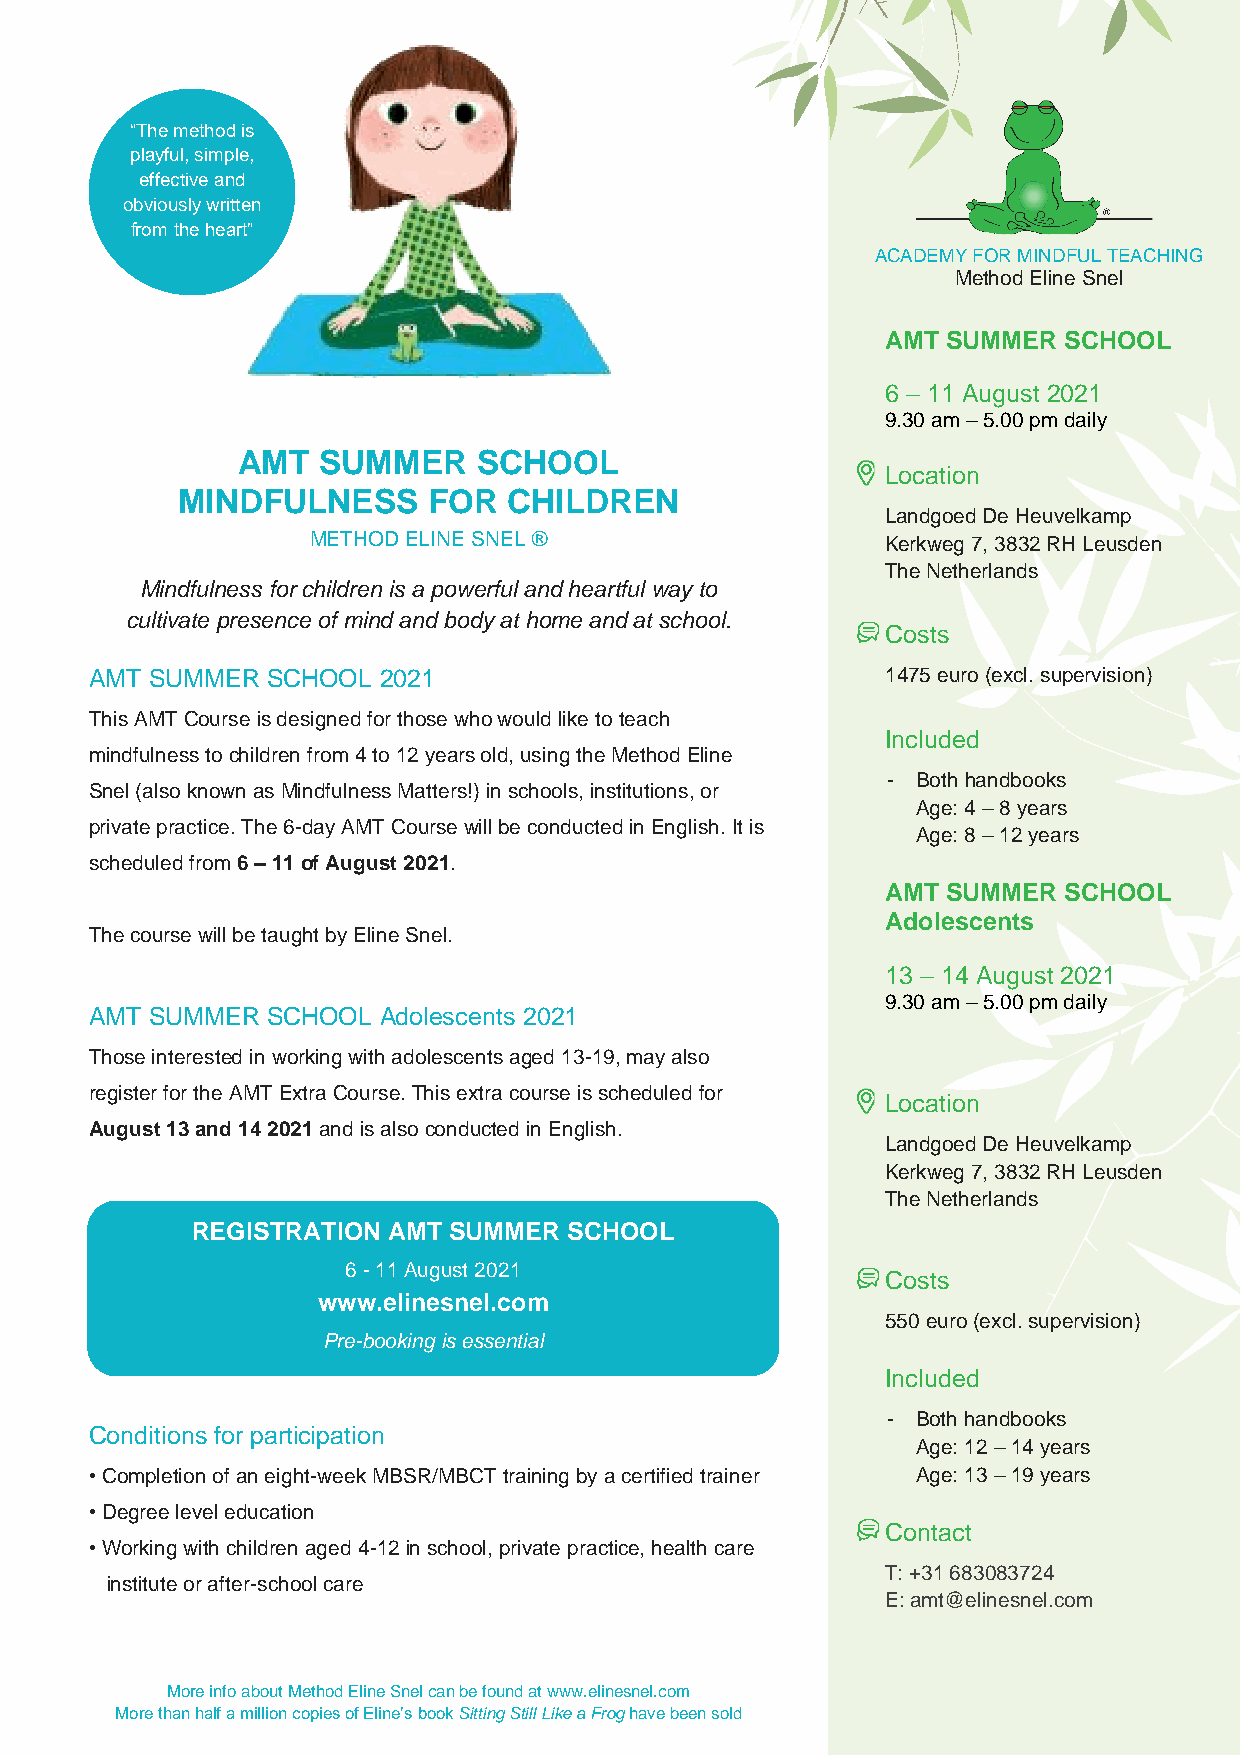
“The method is
 playful, simple,
 effective and
 obviously written
 from the heart”
 ACADEMY FOR MINDFUL TEACHING
 Method Eline Snel
 AMT SUMMER SCHOOL
 6 – 11 August 2021
 9.30 am – 5.00 pm daily
 AMT  SUMMER     SCHOOL
 Location
 MINDFULNESS     FOR   CHILDREN
 Landgoed De Heuvelkamp
 METHOD ELINE SNEL ®                    Kerkweg 7, 3832 RH Leusden
 The Netherlands
 Mindfulness for children is a powerful and heartful way to
 cultivate presence of mind and body at home and at school.
 Costs
 AMT SUMMER  SCHOOL 2021                              1475 euro (excl. supervision)
 This AMT Course is designed for those who would like to teach
 Included
 mindfulness to children from 4 to 12 years old, using the Method Eline
 - Both handbooks
 Snel (also known as Mindfulness Matters!) in schools, institutions, or
 Age: 4 – 8 years
 private practice. The 6-day AMT Course will be conducted in English. It is
 Age: 8 – 12 years
 scheduled from 6 – 11 of August 2021.
 AMT SUMMER SCHOOL
 Adolescents
 The course will be taught by Eline Snel.
 13 – 14 August 2021
 9.30 am – 5.00 pm daily
 AMT SUMMER  SCHOOL Adolescents 2021
 Those interested in working with adolescents aged 13-19, may also
 register for the AMT Extra Course. This extra course is scheduled for
 Location
 August 13 and 14 2021 and is also conducted in English.
 Landgoed De Heuvelkamp
 Kerkweg 7, 3832 RH Leusden
 The Netherlands
 REGISTRATION AMT SUMMER  SCHOOL
 6 - 11 August 2021
 Costs
 www.elinesnel.com
 550 euro (excl. supervision)
 Pre-booking is essential
 Included
 - Both handbooks
 Conditions for participation
 Age: 12 – 14 years
 • Completion of an eight-week MBSR/MBCT training by a certified trainer Age: 13 – 19 years
 • Degree level education
 Contact
 • Working with children aged 4-12 in school, private practice, health care
 T: +31 683083724
 institute or after-school care
 E: amt@elinesnel.com
 More info about Method Eline Snel can be found at www.elinesnel.com
 More than half a million copies of Eline’s book Sitting Still Like a Frog have been sold